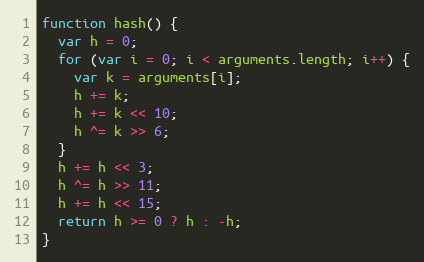
Language: JavaScript
function hash() {
  var h = 0;
  for (var i = 0; i < arguments.length; i++) {
    var k = arguments[i];
    h += k;
    h += k << 10;
    h ^= k >> 6;
  }
  h += h << 3;
  h ^= h >> 11;
  h += h << 15;
  return h >= 0 ? h : -h;
}